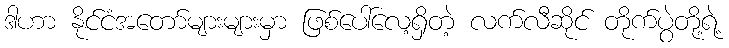
ဒါဟာ နိုင်ငံအတော်များများမှာ ဖြစ်ပေါ်လေ့ရှိတဲ့ လက်လီဆိုင် တိုက်ပွဲတို့ရဲ့